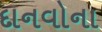
દાનવોના